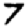
Digit: 7